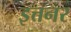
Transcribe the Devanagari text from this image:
इत्तनर